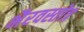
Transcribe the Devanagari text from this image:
भैरवस्तोत्र